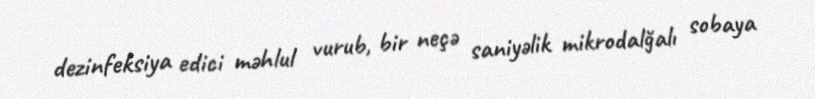
dezinfeksiya edici məhlul vurub, bir neçə saniyəlik mikrodalğalı sobaya